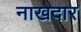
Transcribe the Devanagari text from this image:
नाखदार